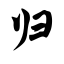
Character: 归